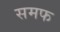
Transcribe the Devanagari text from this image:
समफ